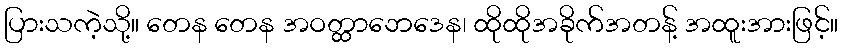
ပြားသကဲ့သို့။ တေန တေန အဝတ္ထာဘေဒေန၊ ထိုထိုအခိုက်အတန့် အထူးအားဖြင့်။